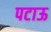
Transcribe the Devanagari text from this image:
पटाऊ